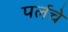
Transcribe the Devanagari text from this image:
पर्लचे